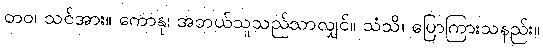
တဝ၊ သင်အား။ ကောနု၊ အဘယ်သူသည်သာလျှင်။ သံသိ၊ ပြောကြားသနည်း။